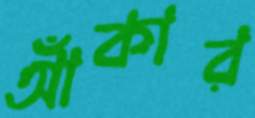
আঁকার